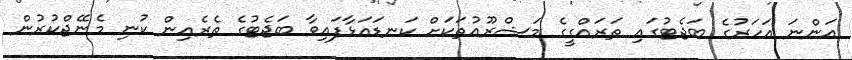
އަންނަ އަހަރުގެ ބަޖެޓުގައި ތަރައްގީގެ މަޝްރޫއުތަކަށް ކަނޑައަޅާފައިވާ ބަޖެޓުގެ ތެރެއިން ކުނި މެނޭޖްކުރުން